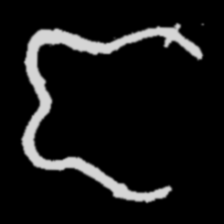
Pyu character \u2014 Myanmar letter: ဇ (romanized: ja)